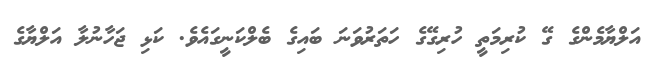
އަލްޔާމެންގެ ގޭ ކުރިމަތީ ހުރިގޭގެ ހަތަރުވަނަ ބައިގެ ބެލްކަނީގައެވެ. ކަޅި ޖަހާނުލާ އަލްޔާގެ